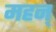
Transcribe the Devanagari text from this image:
महन्